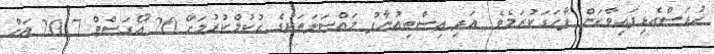
ހުރަސްއެޅިފައިވާކަން ފާހަގަކުރަމެވެ. އަދި އިސްތިޢުނާފު މައްސަލަތަކުގެ ޙުކުމްކުރުމަށް 20 އޯގަސްޓް 2017 އަށް